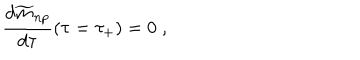
{ \frac { d { \widetilde m } _ { n p } } { d \tau } } ( \tau = \tau _ { + } ) = 0 \; ,